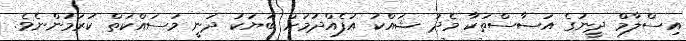
އިސްލާމް ދީނުގެ އަސާސްތަކާ މެދު ޝައްކު އުފެއްދުމަށް ބަޔަކު ދަނީ މަސައްކަތް ކުރަމުންނެވެ.